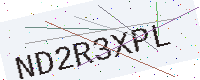
Text: ND2R3XPL